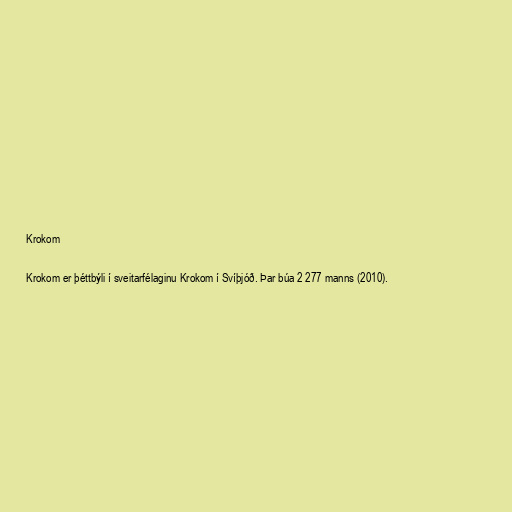
Krokom

Krokom er þéttbýli í sveitarfélaginu Krokom í Svíþjóð. Þar búa 2 277 manns (2010).